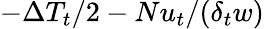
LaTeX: -\Delta T_{t}/2-Nu_{t}/(\delta_{t}w)